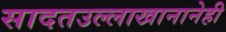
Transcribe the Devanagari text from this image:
सादतउल्लाखानानेही